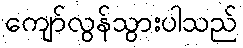
ကျော်လွန်သွားပါသည်